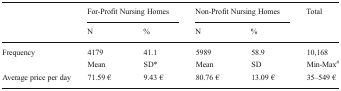
| <ROWSPAN=2>  | <COLSPAN=2> For-Profit Nursing Homes | <COLSPAN=2> Non-Profit Nursing Homes | <ROWSPAN=2> Total |
 | N | % | N | % |
 | --- | --- | --- | --- | --- | --- |
 | <ROWSPAN=2> Frequency | 4179 | 41.1 | 5989 | 58.9 | 10,168 |
 | Mean | SD* | Mean | SD | Min-Max# |
 | Average price per day | 71.59 € | 9.43 € | 80.76 € | 13.09 € | 35–549 € |